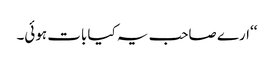
‘‘ارے صاحب یہ کیا بات ہوئی۔